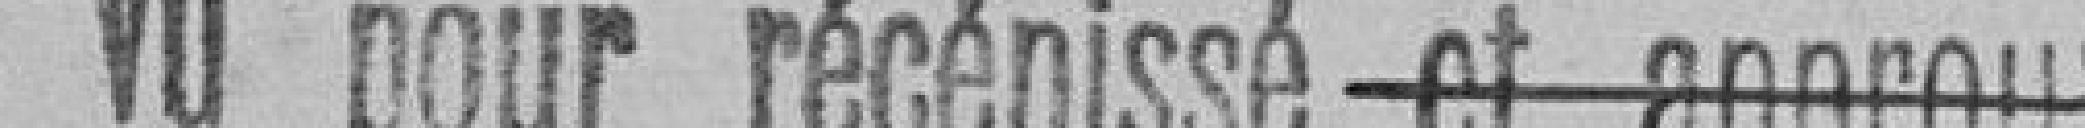
Vu pour récépissé et approuvé